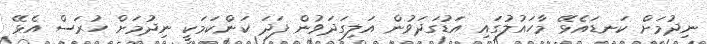
ނިދުމަށް ކަނޑައެޅޭ މާހައުލުގައި އަޑުގަދަވުން އަލިގަދަވުން ފަދަ ކަންކަމަކީ ނިދުމަށް ހުރަސް އެޅޭ